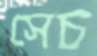
সেচ